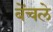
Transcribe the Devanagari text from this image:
बेंचले